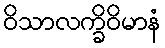
ဝိသာလက္ခိဝိမာနံ